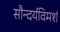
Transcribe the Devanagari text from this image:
सौन्दर्यविमर्श